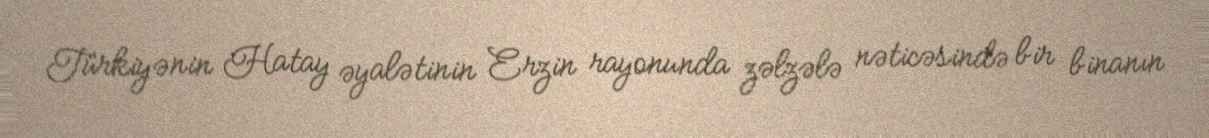
Türkiyənin Hatay əyalətinin Erzin rayonunda zəlzələ nəticəsində bir binanın